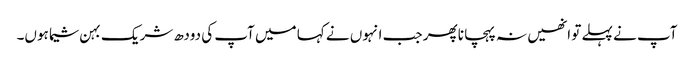
آپ نے پہلے تو انھیں نہ پہچانا پھر جب انہوں نے کہا میں آپ کی دودھ شریک بہن شیما ہوں۔